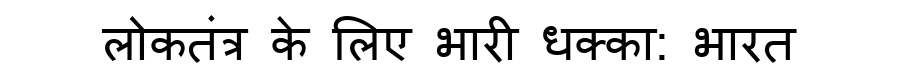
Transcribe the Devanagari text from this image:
लोकतंत्र के लिए भारी धक्का: भारत